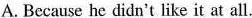
A. Because he didn't likeit at all.